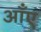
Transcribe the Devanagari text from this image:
आँए